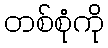
တစ်စုံကို